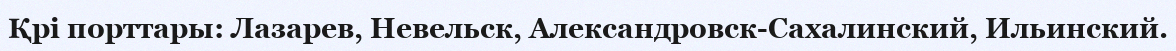
Қрі порттары: Лазарев, Невельск, Александровск-Сахалинский, Ильинский.